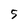
Character: 5